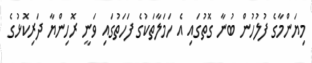
މިޔަންމާގެ ފުލުހުން ބުނާ ގޮތުގައި އެ ހަމަލާތަކުގެ ފަހަތުގައި ވަނީ ރޮހިންޔާ ދަރިކޮޅުގެ